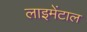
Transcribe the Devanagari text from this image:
लाइमेंटाल